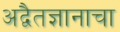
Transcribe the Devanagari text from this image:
अद्वैतज्ञानाचा